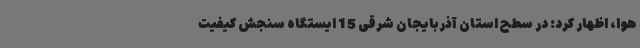
هوا، اظهار کرد: در سطح استان آذربایجان شرقی 15 ایستگاه سنجش کیفیت